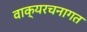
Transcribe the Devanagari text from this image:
वाक्यरचनागत